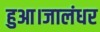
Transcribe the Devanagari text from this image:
हुआ।जालंधर